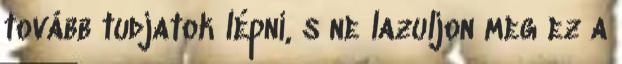
tovább tudjatok lépni, s ne lazuljon meg ez a